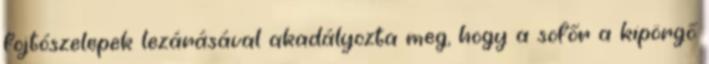
fojtószelepek lezárásával akadályozta meg, hogy a sofőr a kipörgő